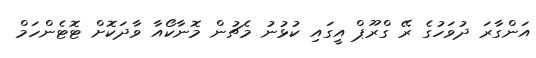
އަންގާރަ ދުވަހުގެ ރޭ ގްރޫޕް އީގައި ކުޅުނު މެޗުން މޮނާކޯއާ ވާދަކޮށް ޓޮޓެންހަމް